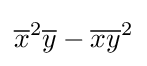
{\overline {x}}^{2}{\overline {y}}-{\overline {x}}{\overline {y}}^{2}